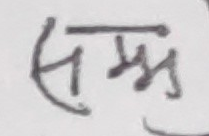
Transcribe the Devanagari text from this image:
सम्झ